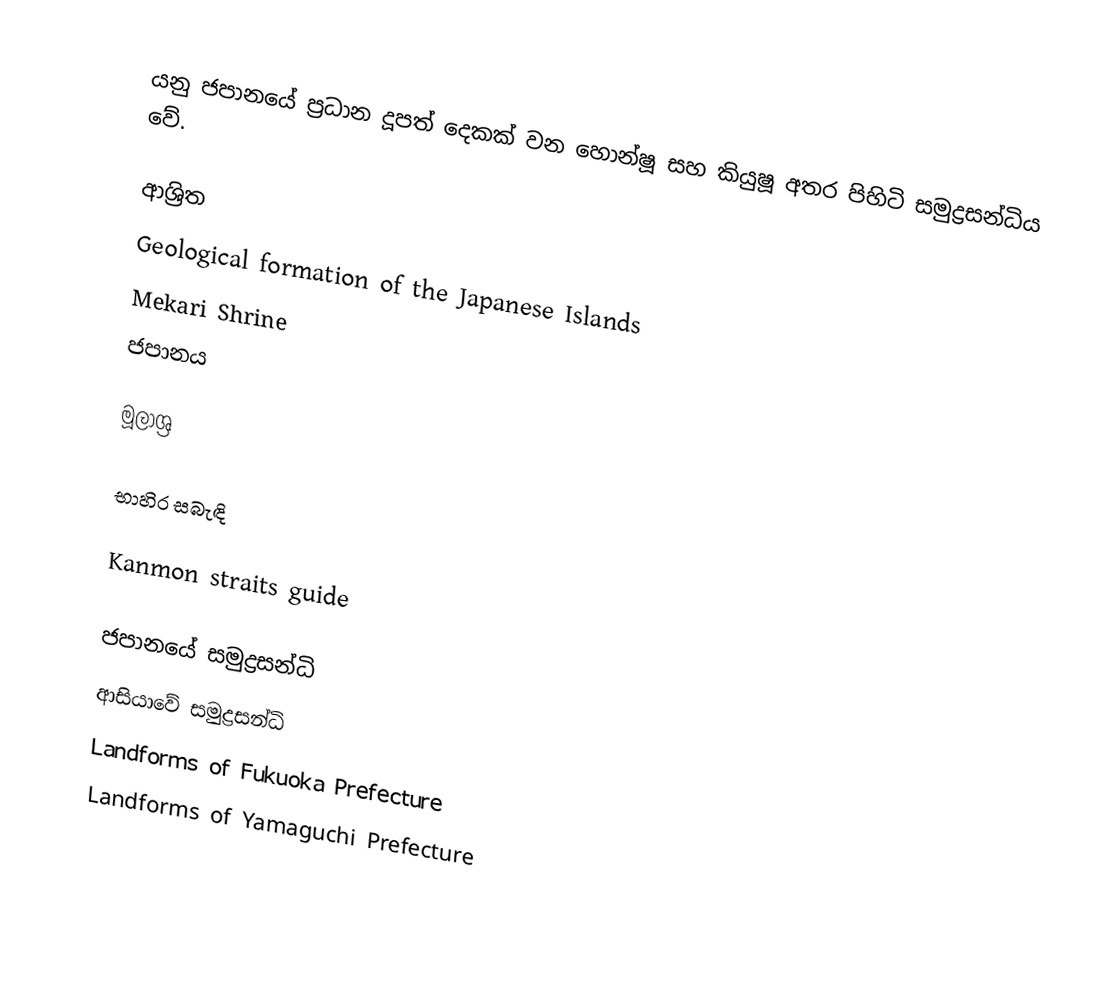
යනු ජපානයේ ප්‍රධාන දූපත් දෙකක් වන හොන්ෂූ සහ කියුෂූ අතර පිහිටි සමුද්‍රසන්ධිය වේ.

ආශ්‍රිත
 Geological formation of the Japanese Islands
 Mekari Shrine
 ජපානය

මූලාශ්‍ර

භාහිර සබැඳි

 Kanmon straits guide

ජපානයේ සමුද්‍රසන්ධි
ආසියාවේ සමුද්‍රසන්ධි
Landforms of Fukuoka Prefecture
Landforms of Yamaguchi Prefecture